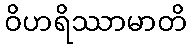
ဝိဟရိဿာမာတိ